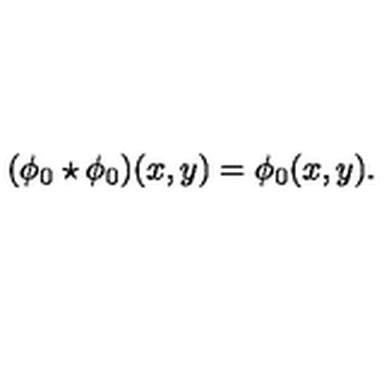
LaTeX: ( \phi _ { 0 } \star \phi _ { 0 } ) ( x , y ) = \phi _ { 0 } ( x , y ) .